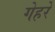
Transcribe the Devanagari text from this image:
गेहरे